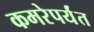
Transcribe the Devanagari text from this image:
कमरेपर्यंत